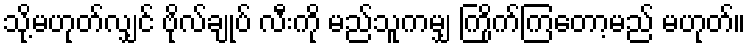
သို့မဟုတ်လျှင် ဗိုလ်ချုပ် လီးကို မည်သူကမျှ ကြိုက်ကြတော့မည် မဟုတ်။